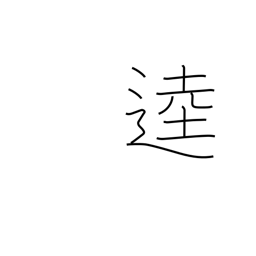
Meaning: broad road